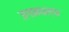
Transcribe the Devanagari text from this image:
जगामधल्या